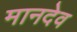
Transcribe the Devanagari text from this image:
मानदेव